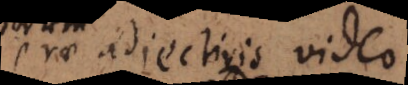
prae adjectivis video.